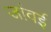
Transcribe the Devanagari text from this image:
जांवई